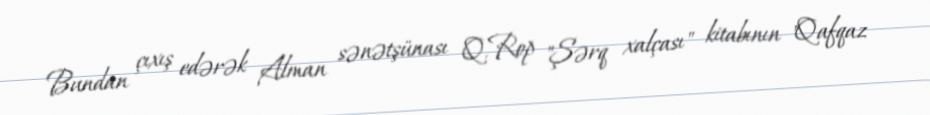
Bundan çıxış edərək Alman sənətşünası Q.Rop "Şərq xalçası" kitabının "Qafqaz